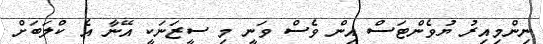
ނިންމިއިރު ޔުވެންޓަސް އިން ވެސް ވަނީ މި ސީޒަނަކީ އޭނާ އެ ކްލަބަށް